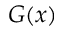
G ( x )